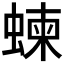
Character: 𧍴